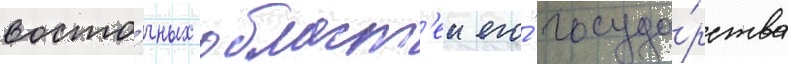
восто́чных област'еи его́ госуда́рства